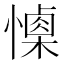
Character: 𢢙